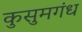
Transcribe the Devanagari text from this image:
कुसुमगंध